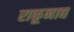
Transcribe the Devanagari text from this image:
राकूनाद्य